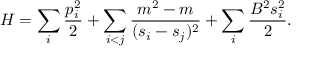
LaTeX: H = \sum _ { i } { \frac { p _ { i } ^ { 2 } } { 2 } } + \sum _ { i < j } { \frac { m ^ { 2 } - m } { ( s _ { i } - s _ { j } ) ^ { 2 } } } + \sum _ { i } { \frac { B ^ { 2 } s _ { i } ^ { 2 } } { 2 } } .